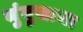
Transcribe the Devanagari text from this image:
मुंगुसाचा